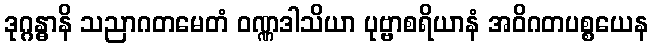
ဒုဂ္ဂန္ဓာနိ သညာဂတမေတံ ဝဏ္ဏဒါသိယာ ပုဗ္ဗာစရိယာနံ အဝိဂတပစ္စယေန